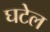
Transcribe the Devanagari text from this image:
घटेल